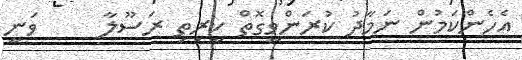
އެހެންކަމުން ނަމާދު ކުރަންވީގޮތް ކީރިތި ރަސޫލާ     ވަނީ